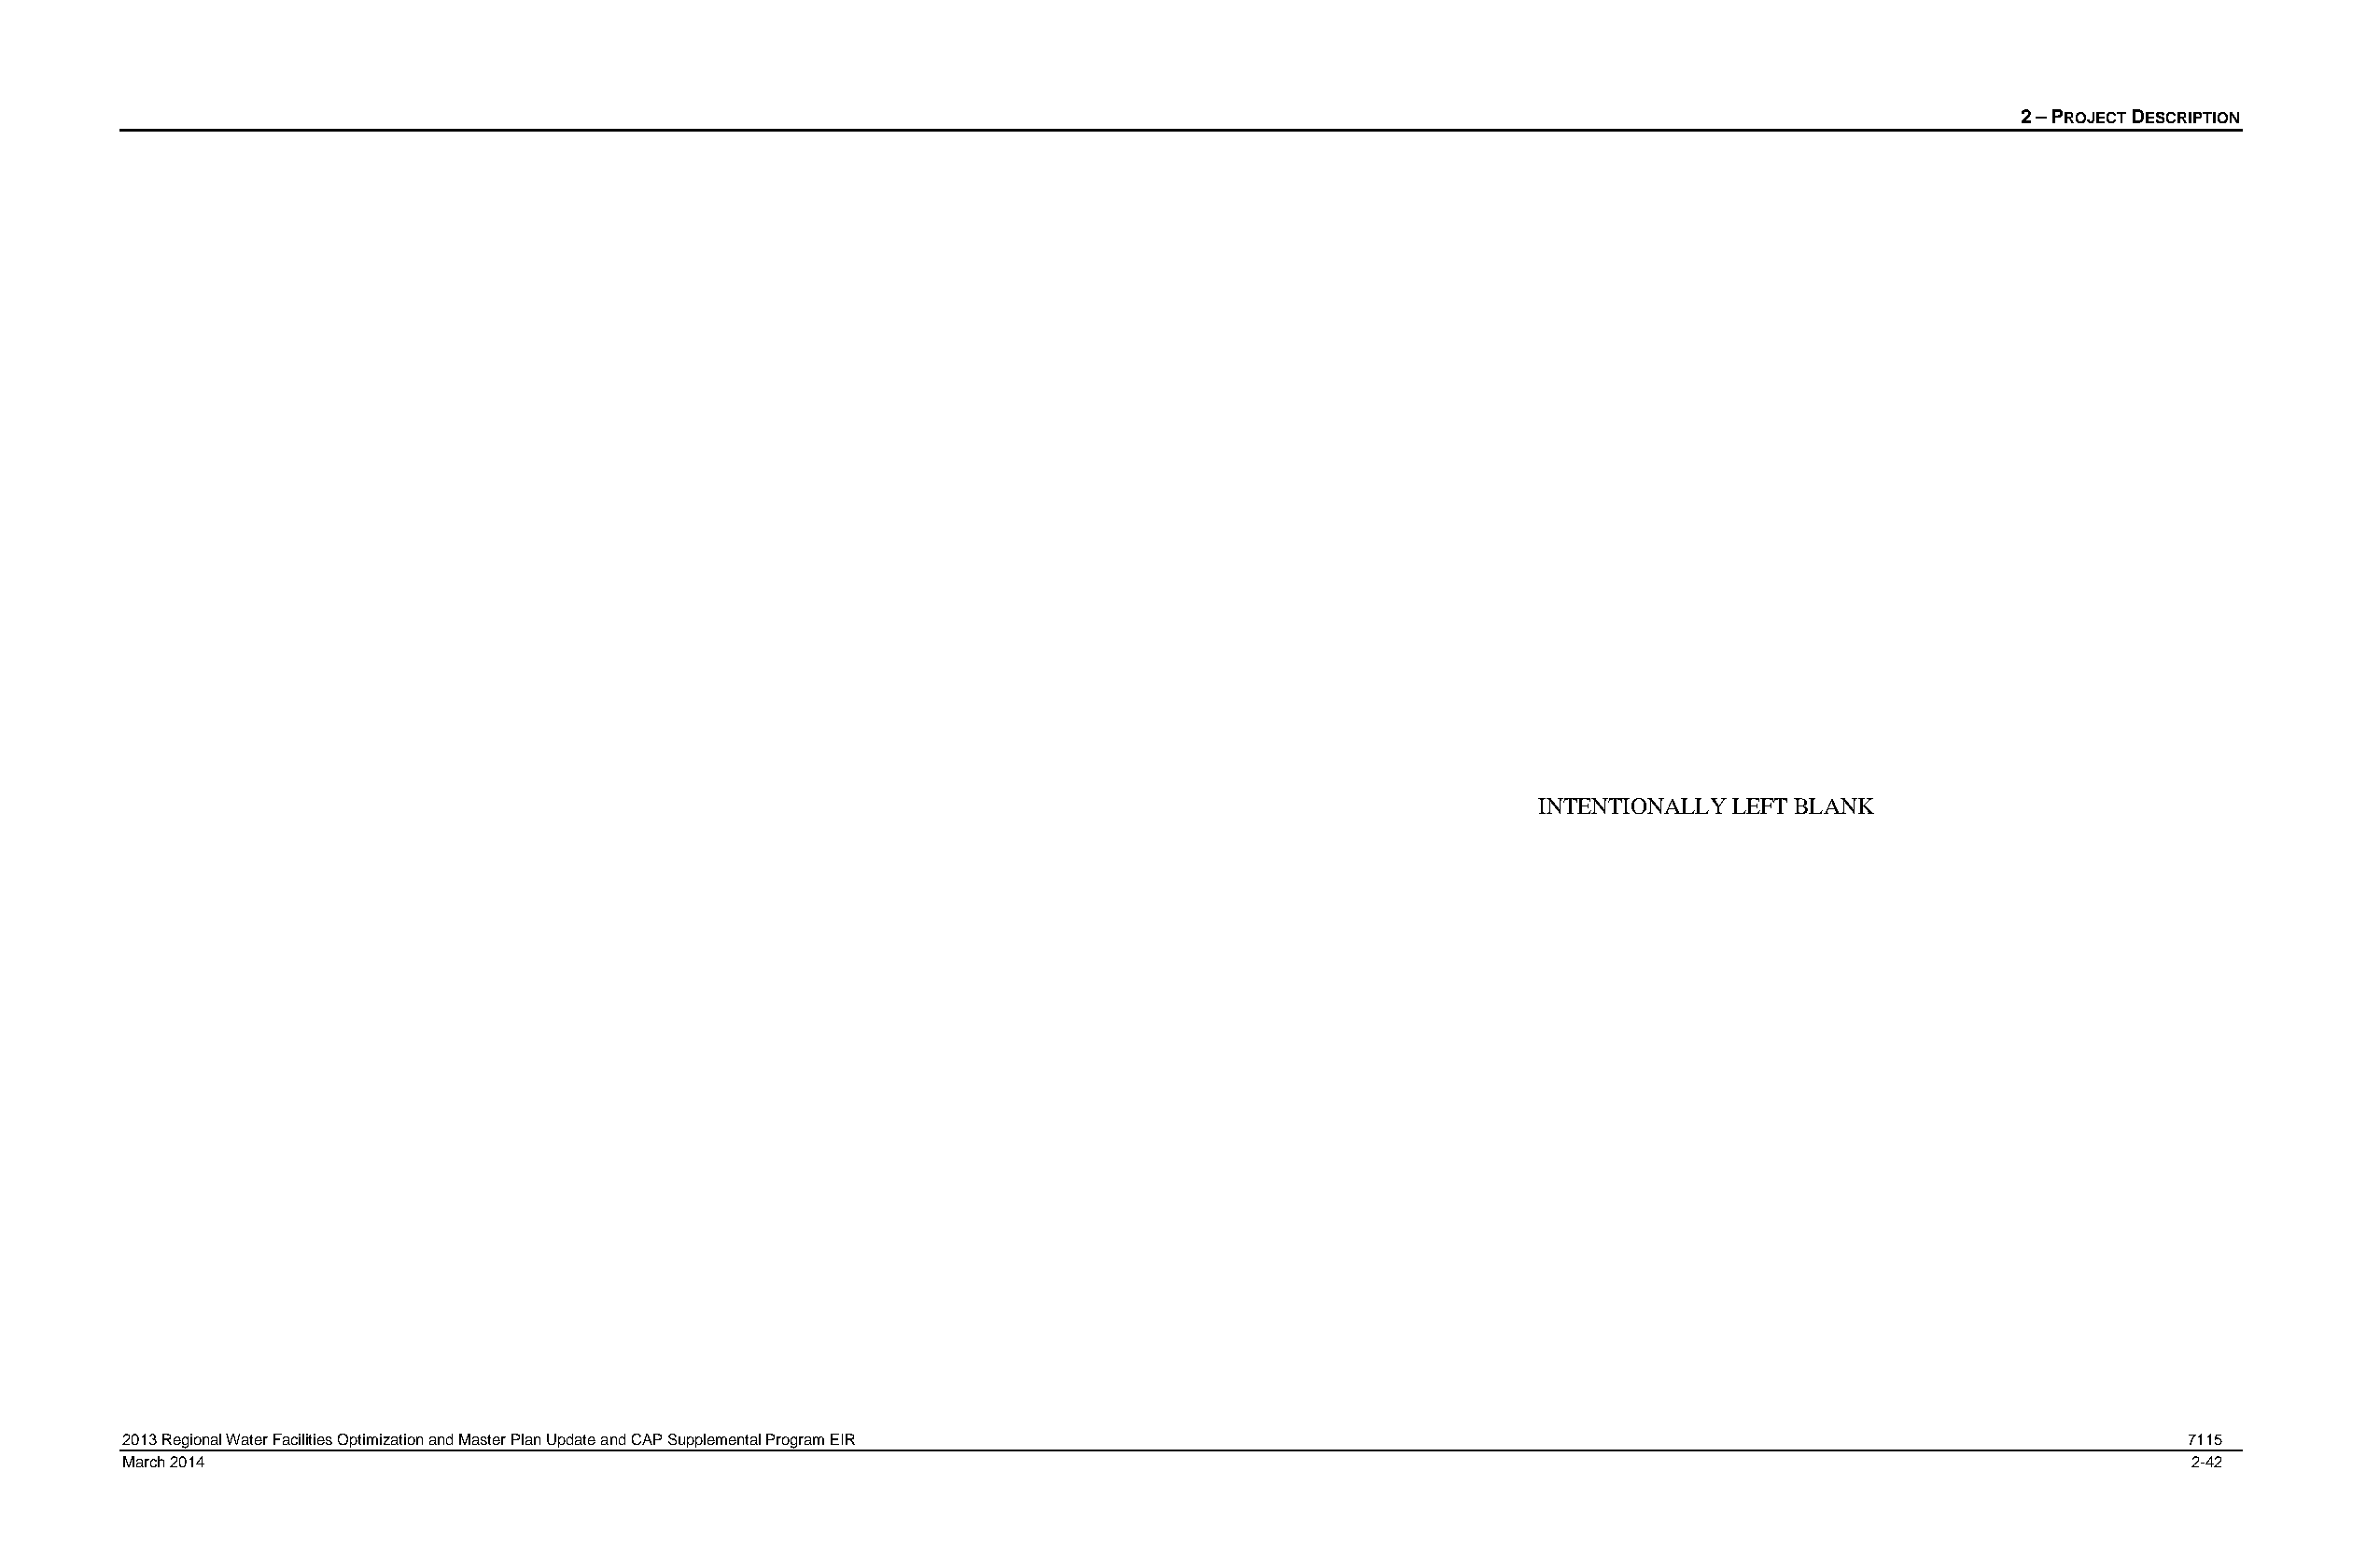
2 – PROJECT DESCRIPTION
 INTENTIONALLY LEFT BLANK
 2013 Regional Water Facilities Optimization and Master Plan Update and CAP Supplemental Program EIR                                               7115
 March 2014                                                                                                                                        2-42